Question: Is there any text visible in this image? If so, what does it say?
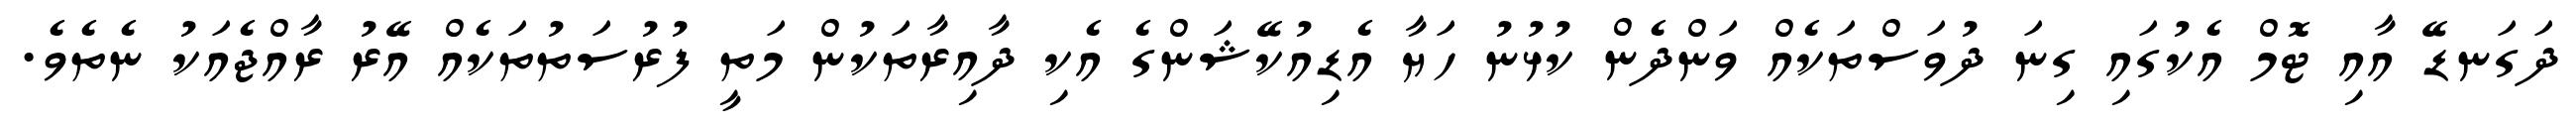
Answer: ދަގަނޑޭ އާއި ޓޮމް އެކުގައި ގިނަ ދުވަސްތަކެއް ވަންދެން ކުޅުނު ހަޔާ އެޑިއުކޭޝަންގެ އެކި ދާއިރާތަކުން މަތީ ފުރުސަތުތަކެއް އޭރު ރާއްޖެއަކު ނެތެވެ.